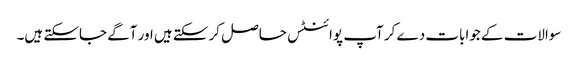
سوالات کے جوابات دے کر آپ پوائنٹس حاصل کرسکتے ہیں اور آگے جاسکتے ہیں۔